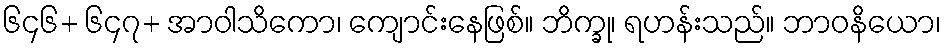
၆၄၆+ ၆၄၇+ အာဝါသိကော၊ ကျောင်းနေဖြစ်။ ဘိက္ခု၊ ရဟန်းသည်။ ဘာဝနိယော၊